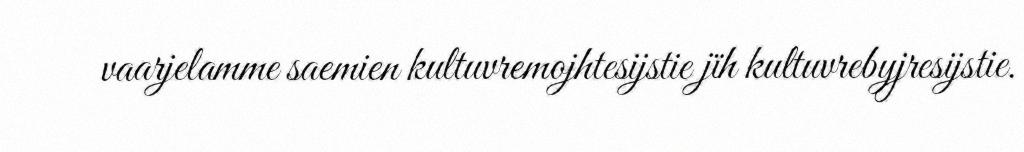
vaarjelamme saemien kultuvremojhtesijstie jïh kultuvrebyjresijstie.